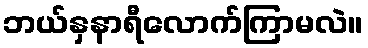
ဘယ်နှနာရီလောက်ကြာမလဲ။